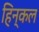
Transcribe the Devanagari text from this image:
हिन्कल